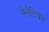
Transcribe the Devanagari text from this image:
गैलेशियन